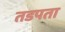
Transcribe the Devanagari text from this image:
तडपता